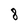
Character: 8